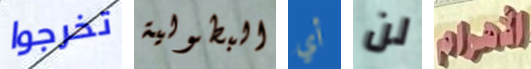
تخرجوا البطولية أي لن الأهرام